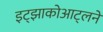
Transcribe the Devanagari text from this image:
इट्झाकोआट्लने